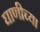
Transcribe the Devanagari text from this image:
घाणीच्या